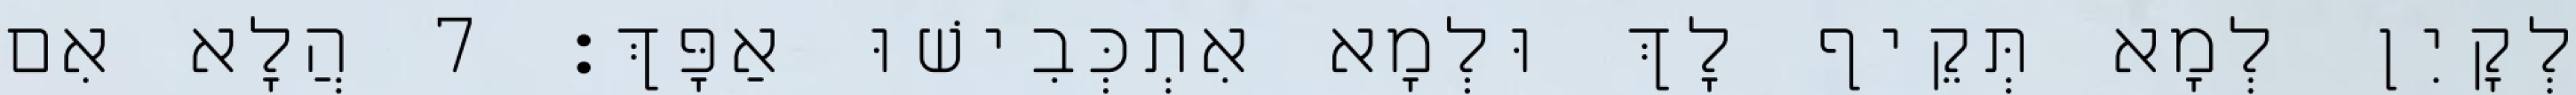
לְקָיִן לְמָא תְּקֵיף לָךְ וּלְמָא אִתְכְּבִישׁוּ אַפָּךְ׃ 7 הֲלָא אִם